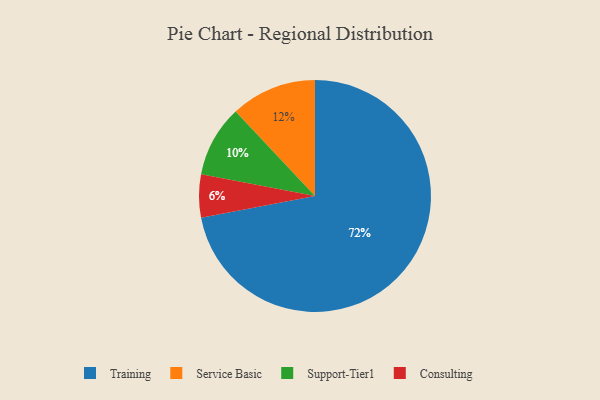
{"axis": {"x": "Category", "y": "Percentage"}, "legend": ["Consulting", "Service Basic", "Support-Tier1", "Training"], "data": [{"x": "Support-Tier1", "y": 10, "type": "Support-Tier1"}, {"x": "Consulting", "y": 6, "type": "Consulting"}, {"x": "Service Basic", "y": 12, "type": "Service Basic"}, {"x": "Training", "y": 72, "type": "Training"}]}